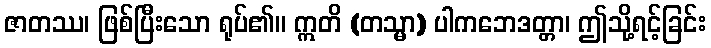
ဇာတဿ၊ ဖြစ်ပြီးသော ရုပ်၏။ ဣတိ (တသ္မာ) ပါကဘေဒတ္တာ၊ ဤသို့ရင့်ခြင်း